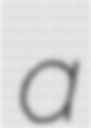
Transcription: a